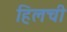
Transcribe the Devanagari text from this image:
हिलची